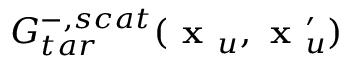
G _ { t a r } ^ { - , s c a t } ( \textbf { x } _ { u } , \textbf { x } _ { u } ^ { \prime } )